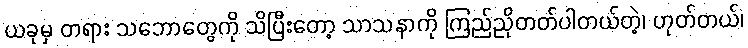
ယခုမှ တရား သဘောတွေကို သိပြီးတော့ သာသနာကို ကြည်ညိုတတ်ပါတယ်တဲ့၊ ဟုတ်တယ်၊